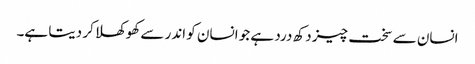
انسان سے سخت چیز دکھ درد ہے جو انسان کو اندر سے کھوکھلا کر دیتا ہے۔